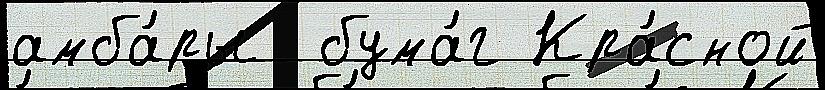
амба́ры  бума́г Кра́сной